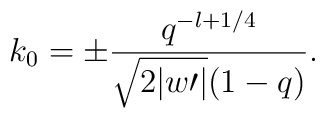
k_{0}=\pm \frac{q^{-l+1/4}}{\sqrt{2|w\prime|}(1-q)}.